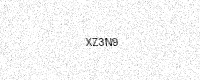
Text: XZ3N9